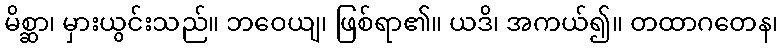
မိစ္ဆာ၊ မှားယွင်းသည်။ ဘဝေယျ၊ ဖြစ်ရာ၏။ ယဒိ၊ အကယ်၍။ တထာဂတေန၊